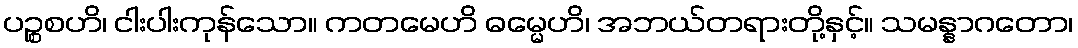
ပဉ္စစဟိ၊ ငါးပါးကုန်သော။ ကတမေဟိ ဓမ္မေဟိ၊ အဘယ်တရားတို့နှင့်။ သမန္နာဂတော၊